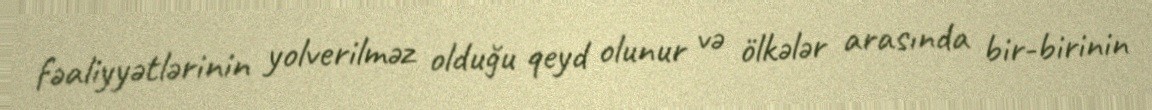
fəaliyyətlərinin yolverilməz olduğu qeyd olunur və ölkələr arasında bir-birinin